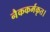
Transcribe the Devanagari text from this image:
नैककर्मकृत।